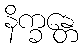
နိက္ခန္တေ